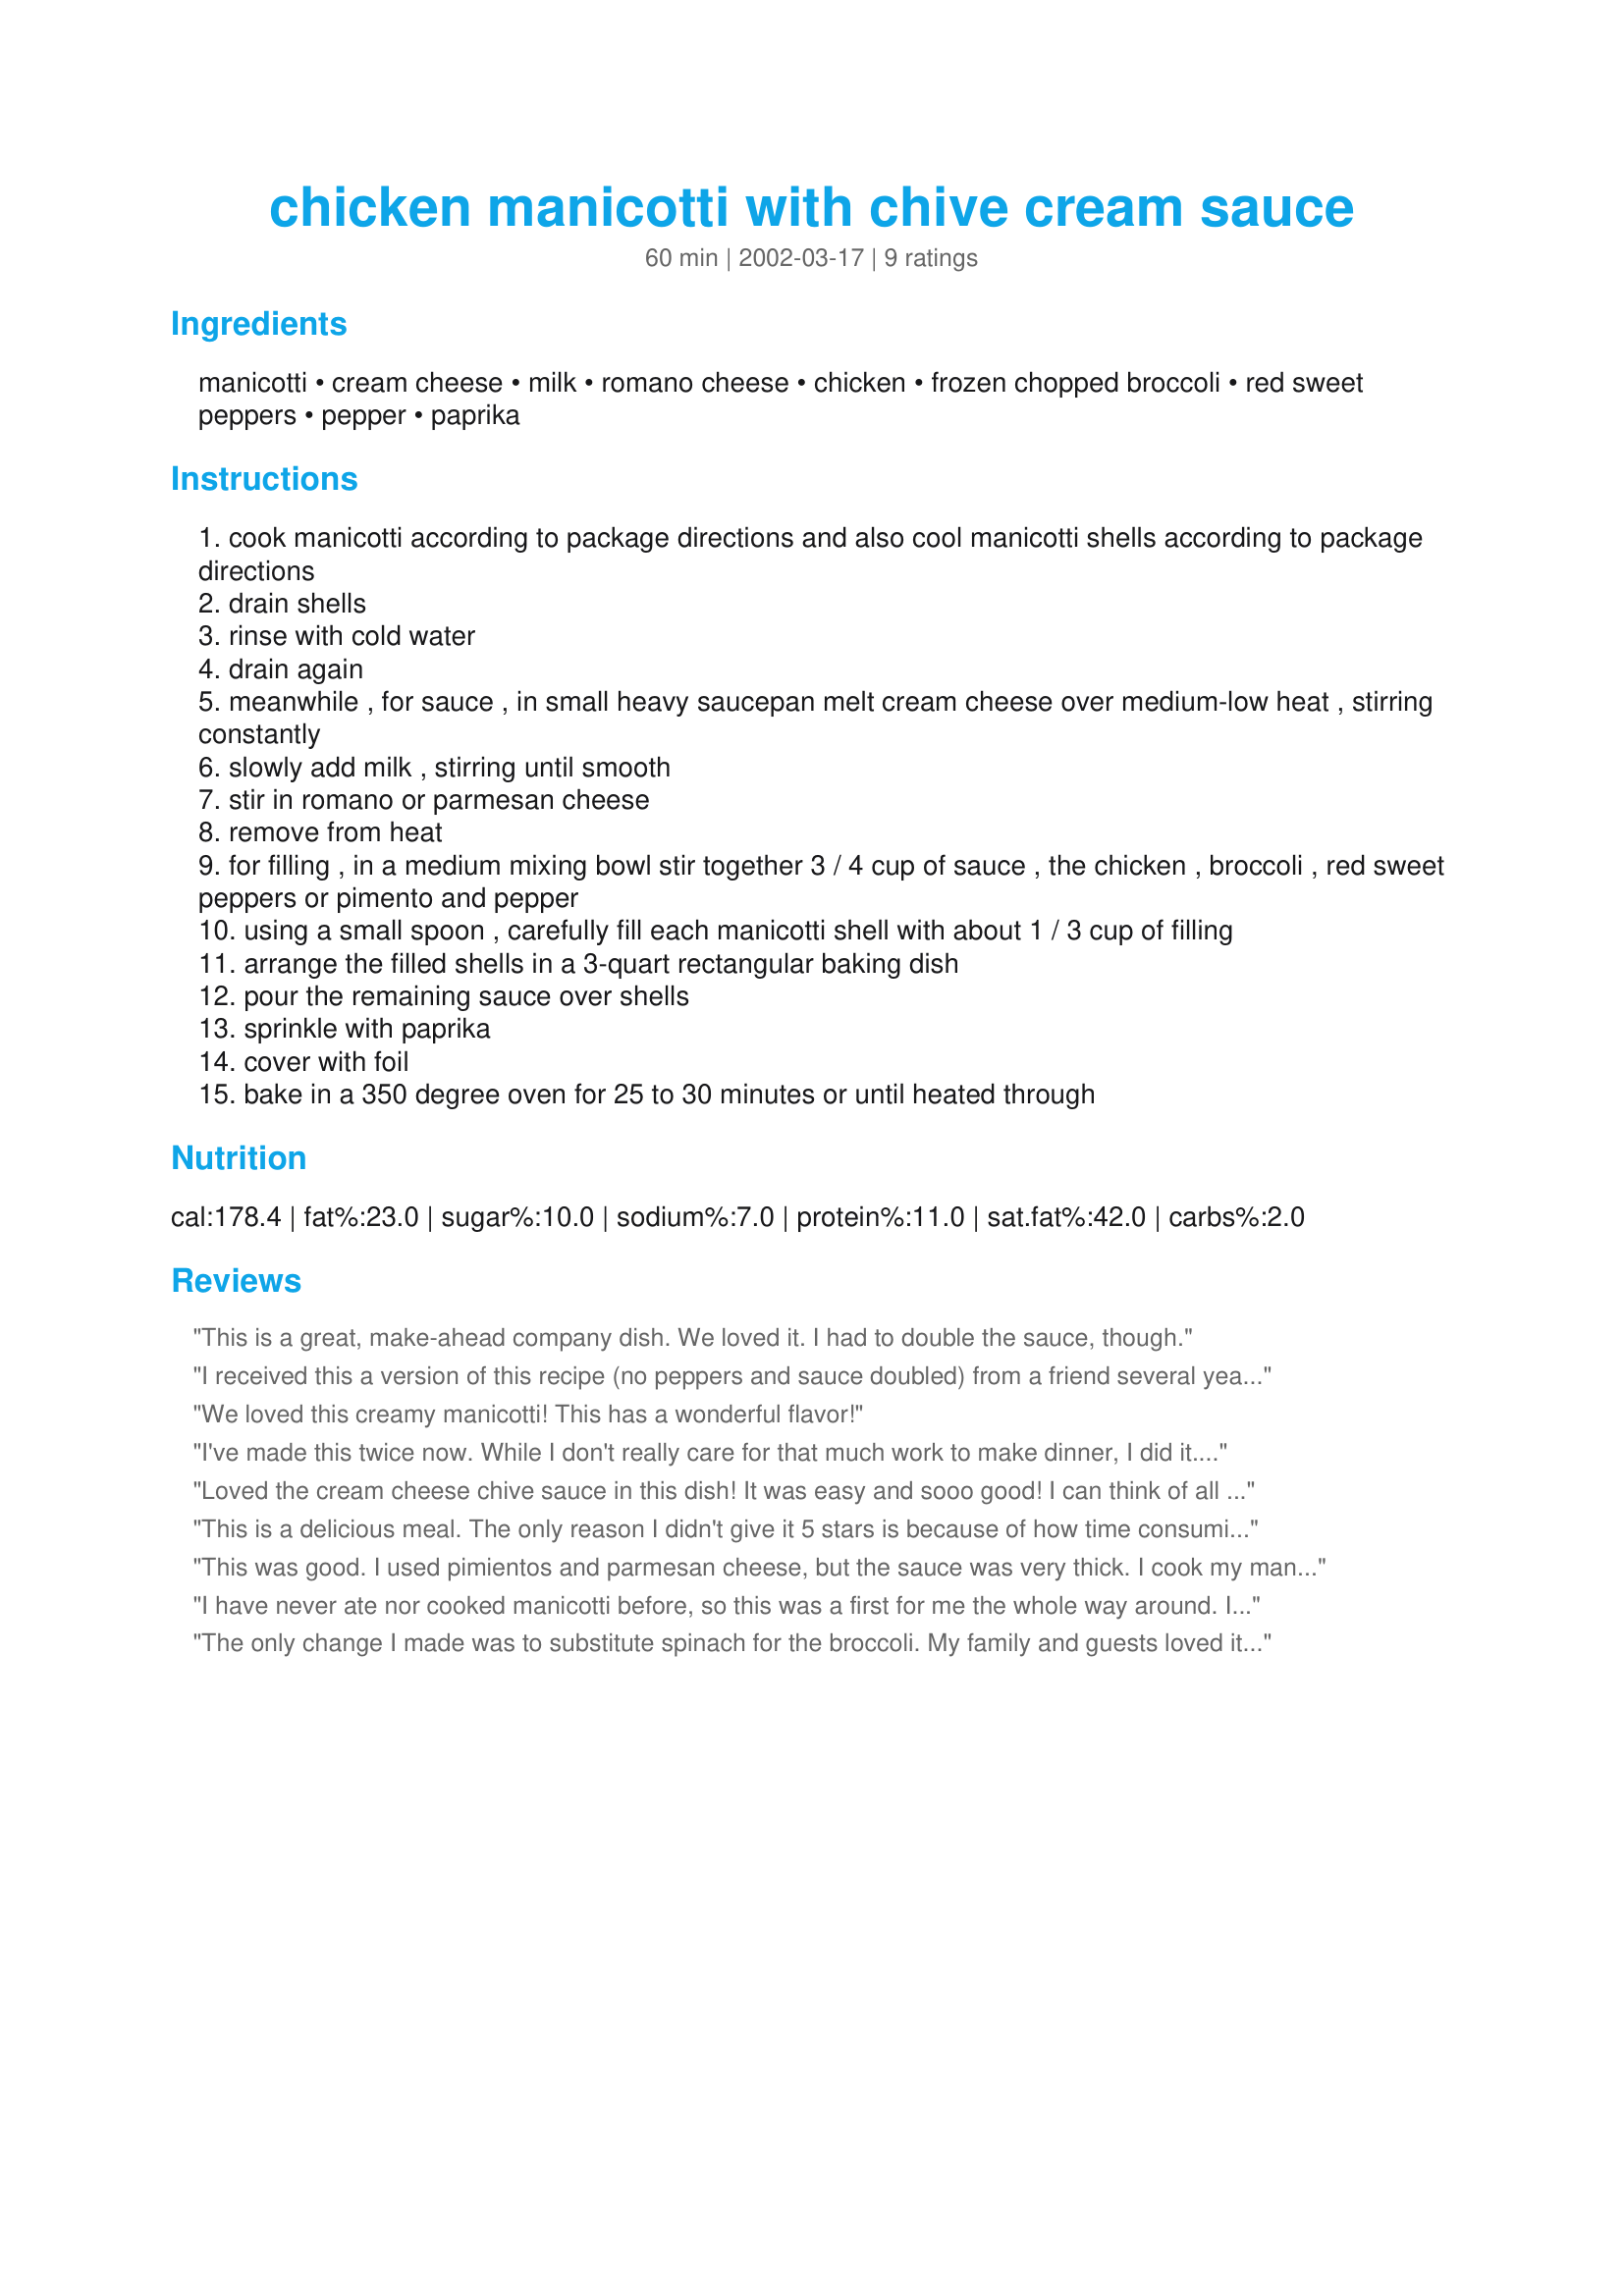
chicken manicotti with chive cream sauce
Preparation time: 60 minutes

Ingredients:
manicotti, cream cheese, milk, romano cheese, chicken, frozen chopped broccoli, red sweet peppers, pepper, paprika

Steps:
cook manicotti according to package directions and also cool manicotti shells according to package directions
drain shells
rinse with cold water
drain again
meanwhile , for sauce , in small heavy saucepan melt cream cheese over medium-low heat , stirring constantly
slowly add milk , stirring until smooth
stir in romano or parmesan cheese
remove from heat
for filling , in a medium mixing bowl stir together 3 / 4 cup of sauce , the chicken , broccoli , red sweet peppers or pimento and pepper
using a small spoon , carefully fill each manicotti shell with about 1 / 3 cup of filling
arrange the filled shells in a 3-quart rectangular baking dish
pour the remaining sauce over shells
sprinkle with paprika
cover with foil
bake in a 350 degree oven for 25 to 30 minutes or until heated through

Reviews:
This is a great, make-ahead company dish. We loved it. I had to double the sauce, though.
I received this a version of this recipe (no peppers and sauce doubled) from a friend several years ago. I finally tried it last night and it was sooo good! I added a little extra broccoli to the sauce before I poured it over the top. My leftover-hating dh actually took the rest to work for lunch today! :D
We loved this creamy manicotti! This has a wonderful flavor!
I've made this twice now. While I don't really care for that much work to make dinner, I did it. I liked it, but my husband really didn't. It was the sauce that turned him off. That's why I gave it 3.
Loved the cream cheese chive sauce in this dish! It was easy and sooo good! I can think of all sorts of variations on this dish. Manicotti noodles can be a challenge to work with. I think I'd use lasagna noodles and layer the ingredients or I could put this over egg noodles or over rice. I tried this dish on two guys painting the outside of our cottage. They sincerely said that they would be guinea pigs for me any time I wanted to cook. DH enjoyed this one too. We're not pimento or bell pepper fans, so I carmelized some onion to use in the place of these ingredients. Make sure your chicken and brocolli are chopped fairly small.
This is a delicious meal. The only reason I didn't give it 5 stars is because of how time consuming it is to fill the shells, otherwise I'd make it much more often.
This was good. I used pimientos and parmesan cheese, but the sauce was very thick. I cook my manicotti 'al dente' to prevent splitting, so I added about 1/2 cup more milk to add more moisture. I also like more sauce on it.
I have never ate nor cooked manicotti before, so this was a first for me the whole way around. I love the idea of the cream cheese, which seemed like a simple additive. My husband absolutely loved it, but to me seemed a little dry (remember, i've never had it before) He assured me that is what the texture is supposed to me. But either way, the taste was delicious. Will be making again! Thanks for the great recipe!
The only change I made was to substitute spinach for the broccoli. My family and guests loved it, and I got a call later in the week asking for the recipe. Very easy to make. Will definitely make again.
